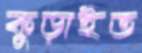
কুড়াইত